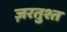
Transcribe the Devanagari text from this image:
ज़रतुश्त